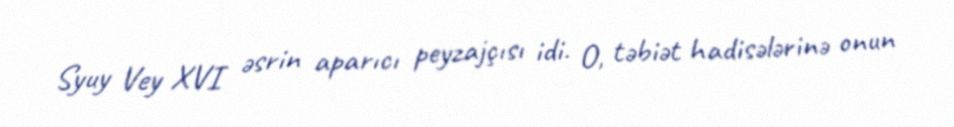
Syuy Vey XVI əsrin aparıcı peyzajçısı idi. O, təbiət hadisələrinə onun